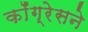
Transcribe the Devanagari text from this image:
कॉँग्रेसने